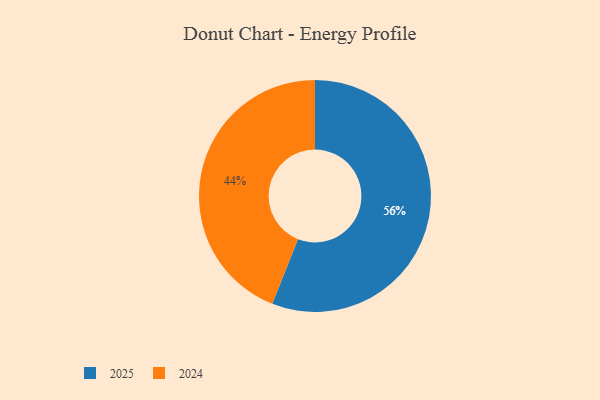
{"axis": {"x": "Category", "y": "Percentage"}, "legend": ["2024", "2025"], "data": [{"x": "2025", "y": 56, "type": "2025"}, {"x": "2024", "y": 44, "type": "2024"}]}